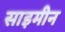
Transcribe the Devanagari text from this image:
साइमीन